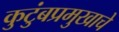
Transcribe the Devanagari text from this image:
कुटुंबप्रमुखाचे